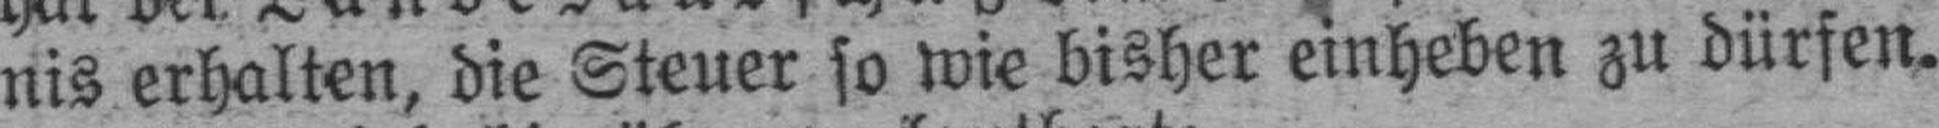
nis erhalten, die Steuer so wie bisher einheben zu dürfen.